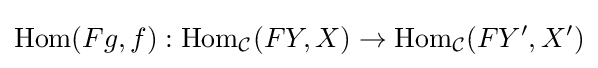
{\text{Hom}}(Fg,f):{\text{Hom}}_{\mathcal {C}}(FY,X)\to {\text{Hom}}_{\mathcal {C}}(FY',X')